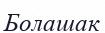
Болашак